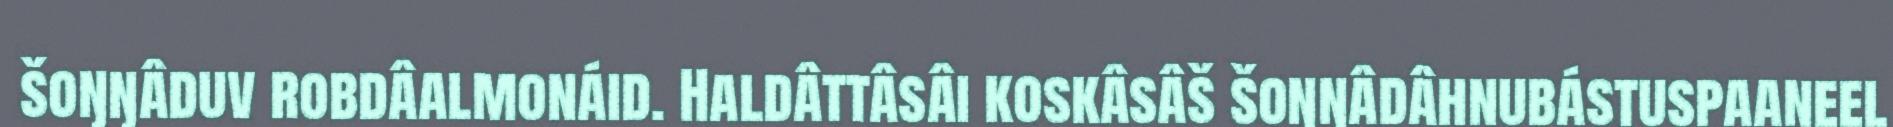
šoŋŋâduv robdâalmonáid. Haldâttâsâi koskâsâš šoŋŋâdâhnubástuspaaneel